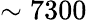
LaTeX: \sim 7300